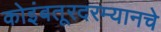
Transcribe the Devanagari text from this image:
कोइंबतूरदरम्यानचे